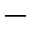
^ -